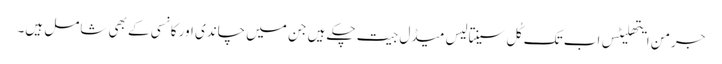
جرمن ایتھلیٹس اب تک کُل سینتالیس میڈل جیت چکے ہیں جن میں چاندی اور کانسی کے بھی شامل ہیں۔